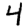
Digit: 4